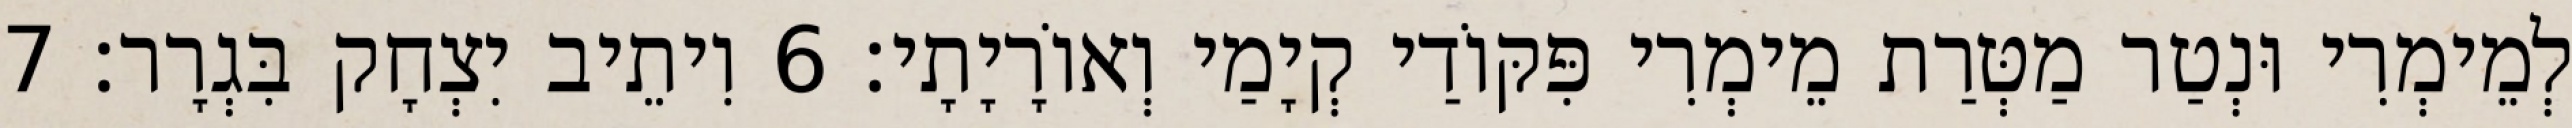
לְמֵימְרִי וּנְטַר מַטְּרַת מֵימְרִי פִּקּוֹדַי קְיָמַי וְאוֹרָיָתָי׃ 6 וִיתֵיב יִצְחָק בִּגְרָר׃ 7